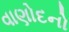
વાણોદનો